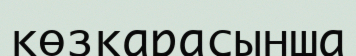
көзқарасынша